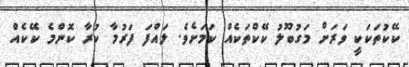
ކޭކުތަކަކީ ވަރަށް މަގުބޫލު ކޭކްތަކެއް ކަމަށެވެ. ލައްފަ ފަރުމާ ކުރާ ކޮންމެ ކޭކެއް